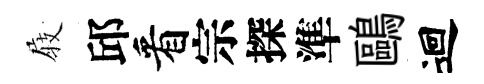
𡲆邱看宗探準鷗迴